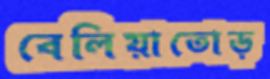
বেলিয়াতোড়